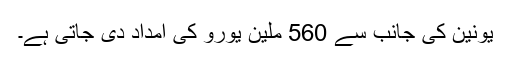
یونین کی جانب سے 560 ملین یورو کی امداد دی جاتی ہے۔